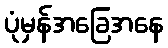
ပုံမှန်အခြေအနေ